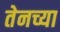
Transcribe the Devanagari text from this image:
तेनच्या